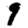
Digit: 9